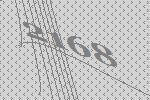
2168